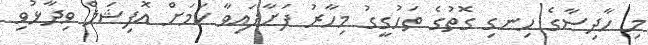
މި ހާދިސާގެ ހިނގި ގޮތުގެ ތަހުގީގު މިހާރު ފަށާފައިވާ ކަމަށް އޮފިޝަލް ވިދާޅުވި